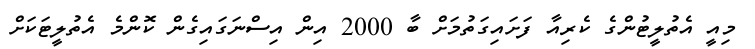
މިއީ އެތުލީޓުންގެ ކެރިއާ ފަށައިގަތުމަށް ބާ 2000 އިން އިސްނަގައިގެން ކޮންމެ އެތުލީޓަކަށް